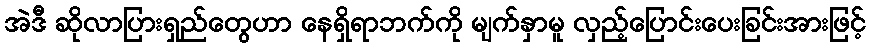
အဲဒီ ဆိုလာပြားရှည်တွေဟာ နေရှိရာဘက်ကို မျက်နှာမူ လှည့်ပြောင်းပေးခြင်းအားဖြင့်